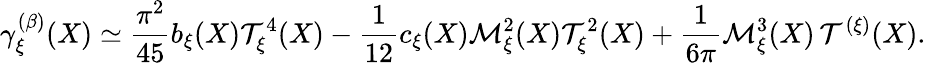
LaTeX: \gamma_{\xi}^{(\beta)}(X)\simeq\frac{\pi^{2}}{45}b_{\xi}(X){\cal T}_{\xi}^{4}(X)-\frac{1}{12}c_{\xi}(X){\cal M}_{\xi}^{2}(X){\cal T}_{\xi}^{2}(X)+\frac{1}{6\pi}{\cal M}_{\xi}^{3}(X)\, {\cal T}^{(\xi)}(X).